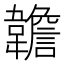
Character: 䪜